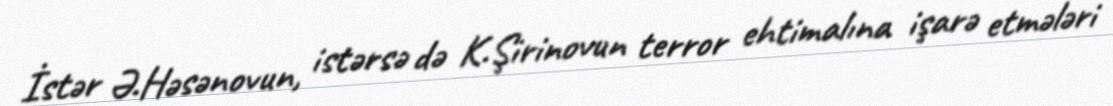
İstər Ə.Həsənovun, istərsə də K.Şirinovun terror ehtimalına işarə etmələri